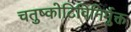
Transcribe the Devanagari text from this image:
चतुष्कोटिविनिर्मुक्त